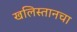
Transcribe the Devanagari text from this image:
खलिस्तानचा